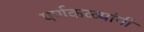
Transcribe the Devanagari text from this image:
पर्णकळ्यांनी